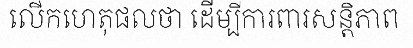
លើកហេតុផលថា ដើម្បីការពារសន្តិភាព